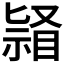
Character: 𭿌